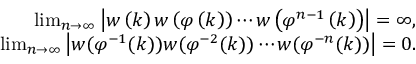
\begin{array} { r } { \operatorname* { l i m } _ { n \rightarrow \infty } \left| w \left( k \right) w \left( \varphi \left( k \right) \right) \cdots w \left( \varphi ^ { n - 1 } \left( k \right) \right) \right| = \infty , } \\ { \operatorname* { l i m } _ { n \rightarrow \infty } \left| w ( \varphi ^ { - 1 } ( k ) ) w ( \varphi ^ { - 2 } ( k ) ) \cdots w ( \varphi ^ { - n } ( k ) ) \right| = 0 . } \end{array}